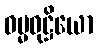
ဓမ္မဝုဋ္ဌိယော